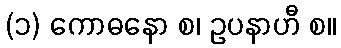
(၁) ကောဓနော စ၊ ဥပနာဟီ စ။